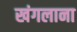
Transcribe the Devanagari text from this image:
खंगलाना